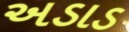
અડાડ